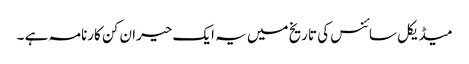
میڈیکل سائنس کی تاریخ میں یہ ایک حیران کن کارنامہ ہے ۔